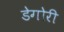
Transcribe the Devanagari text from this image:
डेगोरी